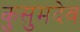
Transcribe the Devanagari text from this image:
कुसुमदेव